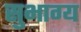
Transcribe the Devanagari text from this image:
सुभाग्य